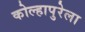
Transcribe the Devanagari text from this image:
कोल्हापुरेला